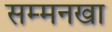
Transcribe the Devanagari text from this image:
सम्मनखा